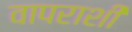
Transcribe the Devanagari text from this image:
वापराशी